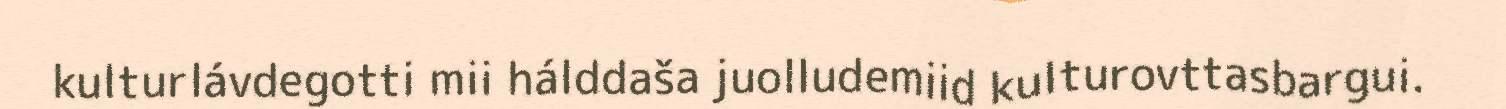
kulturlávdegotti mii hálddaša juolludemiid kulturovttasbargui.